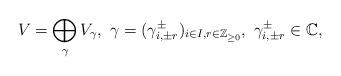
LaTeX: \begin{align*}V=\bigoplus_{\gamma} V_{\gamma}, \ \gamma=(\gamma_{i, \pm r}^{\pm})_{i\in I, r\in \mathbb{Z}_{\geq 0}}, \ \gamma_{i, \pm r}^{\pm} \in \mathbb{C},\end{align*}